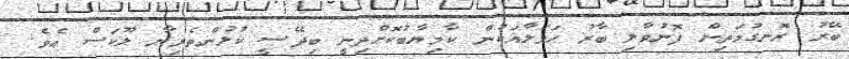
ބޭރު ރޮނގުމަތިން ފޮނުވާލި ބާރު ހަމަލާއަކުން ކާމިޔާބުކޮށްދިނީ ބިދޭސީ ކުޅުންތެރިޔާ ލޫކަސް އެވެ.